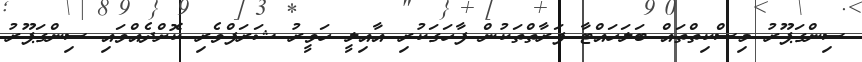
ސިންގަޕޫރު މިސްކިތްތައް ބަލަހައްޓާ ފަރާތްތަކުން ފާހަގަކުރި އާއިލީ ހަވީރު ޝަރަފްވެރި ކޮށްދެއްވައި ސިންގަޕޫރު